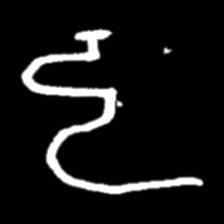
Pyu character \u2014 Myanmar letter: ဠ (romanized: lla)